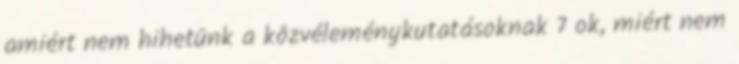
amiért nem hihetünk a közvéleménykutatásoknak 7 ok, miért nem